Annual report on the lock hospitals of the Madras Presidency
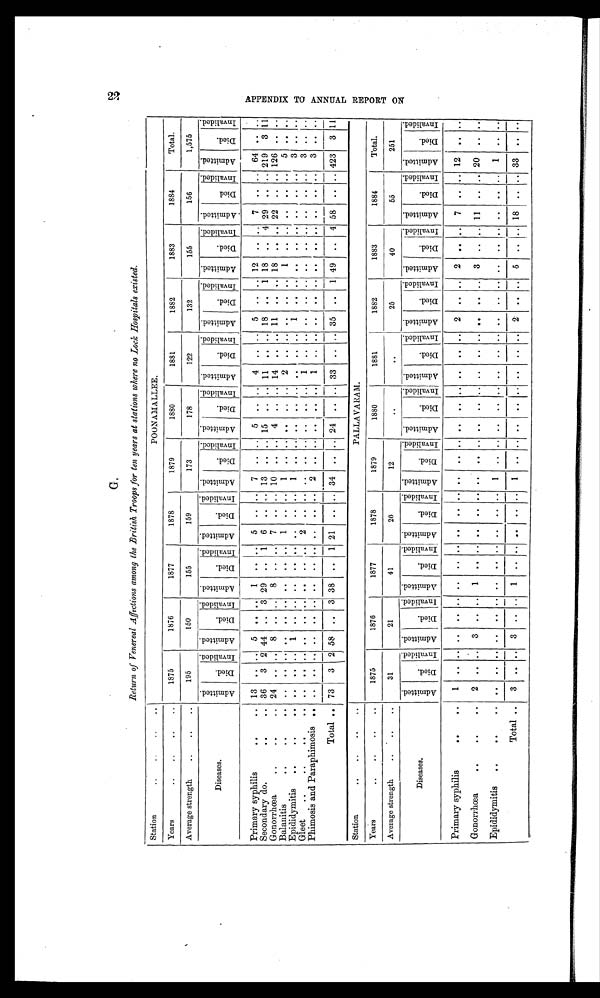
G
.
Return of Venereal Affections among the British Troops for ten years at stations where no Lock Hospitals existed.
Station
..
..
..
POONAMALLEE.
Years
.. ..
..
..
1875
1876
1877
1878
1879
1880
1881
1882
1883
1884
Total.
Average strength
..
.. ..
195
150
155
159
173
178
122
132
155
156
1,575
Diseases.
A d m i t t e d .
D i e d .
I n v a l i d e d . A d m i t t e d .
D i e d .
I n v a l i d e d . A d m i t t e d .
D i e d .
I n v a l i d e d .
A d m i t t e d .
D i e d .
I n v a l i d e d . A d m i t t e d .
D i e d .
I n v a l i d e d . A d m i t t e d .
D i e d .
I n v a l i d e d . A d m i t t e d .
D i e d .
I n v a l i d e d . A d m i t t e d .
D i e d .
I n v a l i d e d . A d m i t t e d
D i e d .
I n v a l i d e d .
A d m i t t e d . D i e d .
I n v a l i d e d . A m i t t e d .
D i e d .
I n v a l i d e d .
Primary syphilis
..
.. 13
.. ..
5 ..
..
1
..
.. 5
.. ..
7
.. ..
5
.. ..
4 .. .. 5 .. .. 12 .. .. 7 .. .. 64 .. ..
Secondary do.
..
.. 36 3 2 44
..
3 29 .. 1 6 ..
..
13 .. .. 15 .. .. 11
..
.. 18 .. 1 18 .. 4 29
.. ..
219 3 11
Gonorrhœa
.. ..
.. 24 .. .. 8
..
.. 8 .. .. 7 ..
..
10
..
.. 4 .. .. 14 .. .. 11 .. .. 18 .. .. 22 .. .. 126 .. ..
Balanitis
.. .. .. .. .. .. .. .. .. .. .. ..
1
.. ..
1
.. ..
5 . . . .
Epididymitis
.. .. ..
..
.. ..
1
.. .. .. .. .. .. .. ..
1
.. ..
3 .. ..
Gleet ..
.. .. .. .. .. .. .. .. .. ..
2
.. .. .. .. ..
3 .. ..
Phimosis and Paraphimosis .. .. ..
..
.. .. .. ..
..
.. .. ..
..
2
.. ..
3 .. ..
Total .. 73 3 2
t
58 .. 3 38 .. 1 21 .. .. 34
2 . . .. 33 .. , . 35 .. 1 49 .. 4 58
423 3 11
Station
..
.. ..
..
PALLAVARAM.
Years
.. ..
..
..
1875
1876
1877
1878
1879
1880
1881
I
1882
1883
1884
Total.
Average strength
..
.. ..
31
21
41
20
1
.
.
. .
25
40
55
251
Diseases.
A d m i t t e d
D i e d i n v a l i d e d A d m i t t e d
D i e d
I n v a l i d e d A d m i t t e d
D i e d
I n v a l i d e d A d m i t t e d
D i e d
I n v a l i d e d A d m i t t e d
D i e d
I n v a l i d e d A d m i t t e d
D i e d
I n v a l i d e d A d m i t t e d
D i e d
I n v a l i d e d A d m i t t e d
D i e d
I n v a l i d e d A d m i t t e d
D i e d
I n v a l i d e d A d m i t t e d
D i e d
I n v a l i d e d A d m i t t e d
D i e d
I n v a l i d e d
Primary syphilis
..
I I . 1 . . . . .
. l o I I . . .
. . . .. . . . . . . . . . . . IP . 0 . . .. e.
. . .. 2
2 .. .. 7
12 . . . .
Gonorrhoea
. . . .
.. 2 . . . . 3 . . . . 1 . 0 . . . . . . . . . . . . be . .
. . a. . . . . .. . .
. . .. 3 . . . . 11 . . . . 20 . . . .
Epididymitis . . . .
-- —
—
—
—
_
—
—
—
—
Total .. 3 11. . . 3 . . . . 1
i
2 .. .. 6 .. .. 18 .. .. 33 .. ..